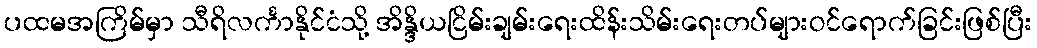
ပထမအကြိမ်မှာ သီရိလင်္ကာနိုင်ငံသို့ အိန္ဒိယငြိမ်းချမ်းရေးထိန်းသိမ်းရေးတပ်များဝင်ရောက်ခြင်းဖြစ်ပြီး